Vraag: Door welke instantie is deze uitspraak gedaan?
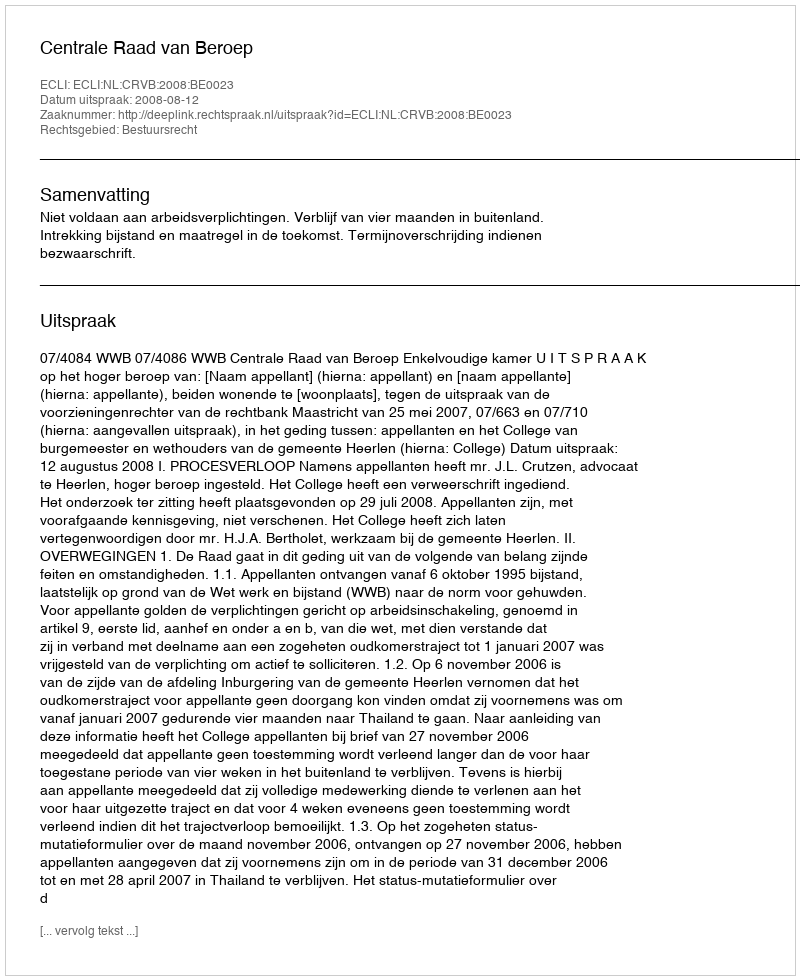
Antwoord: Centrale Raad van Beroep